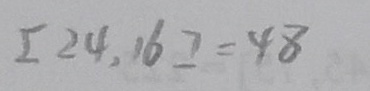
[ 2 4 , 1 6 ] = 4 8